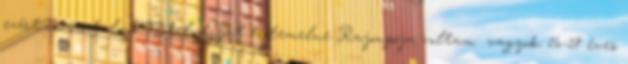
ezért is, irodalmi Nobel-díjat érdemelne Rajongója voltam vagyok 16-18 éves